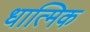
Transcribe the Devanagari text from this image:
धात्मिक